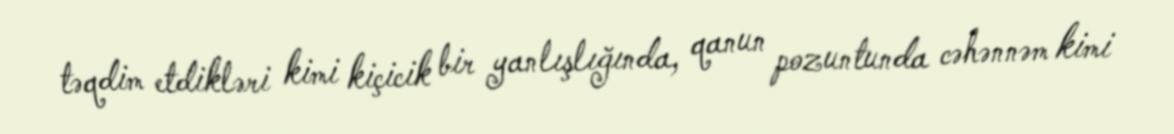
təqdim etdikləri kimi kiçicik bir yanlışlığında, qanun pozuntunda cəhənnəm kimi